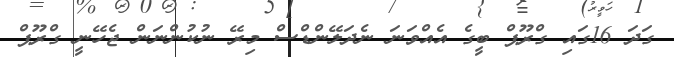
ގަދަ 16ގައި ގްރޫޕް ބީގެ އެއްވަނަ ނެދަލޭންޑްސް މިރޭ ނުކުންނަން ޖެހޭނީ ގްރޫޕް